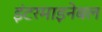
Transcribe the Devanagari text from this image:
इंटरमाइनेबल